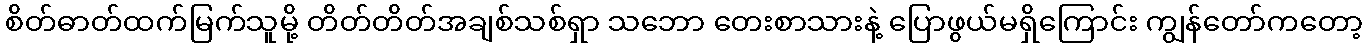
စိတ်ဓာတ်ထက်မြက်သူမို့ တိတ်တိတ်အချစ်သစ်ရှာ သဘော တေးစာသားနဲ့ ပြောဖွယ်မရှိကြောင်း ကျွန်တော်ကတော့